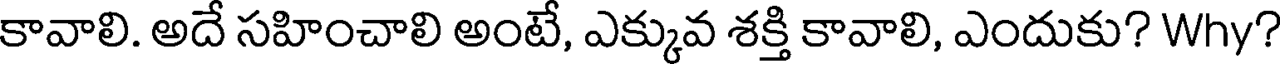
కావాలి. అదే సహించాలి అంటే, ఎక్కువ శక్తి కావాలి, ఎందుకు? Why?